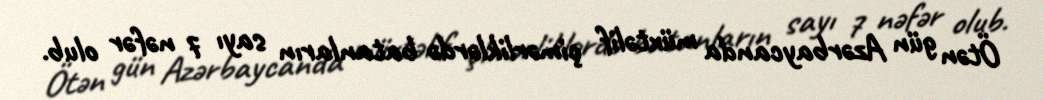
Ötən gün Azərbaycanda müxtəlif çimərliklərdə batanların sayı 7 nəfər olub.